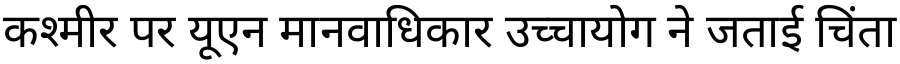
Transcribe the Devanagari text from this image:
कश्मीर पर यूएन मानवाधिकार उच्चायोग ने जताई चिंता